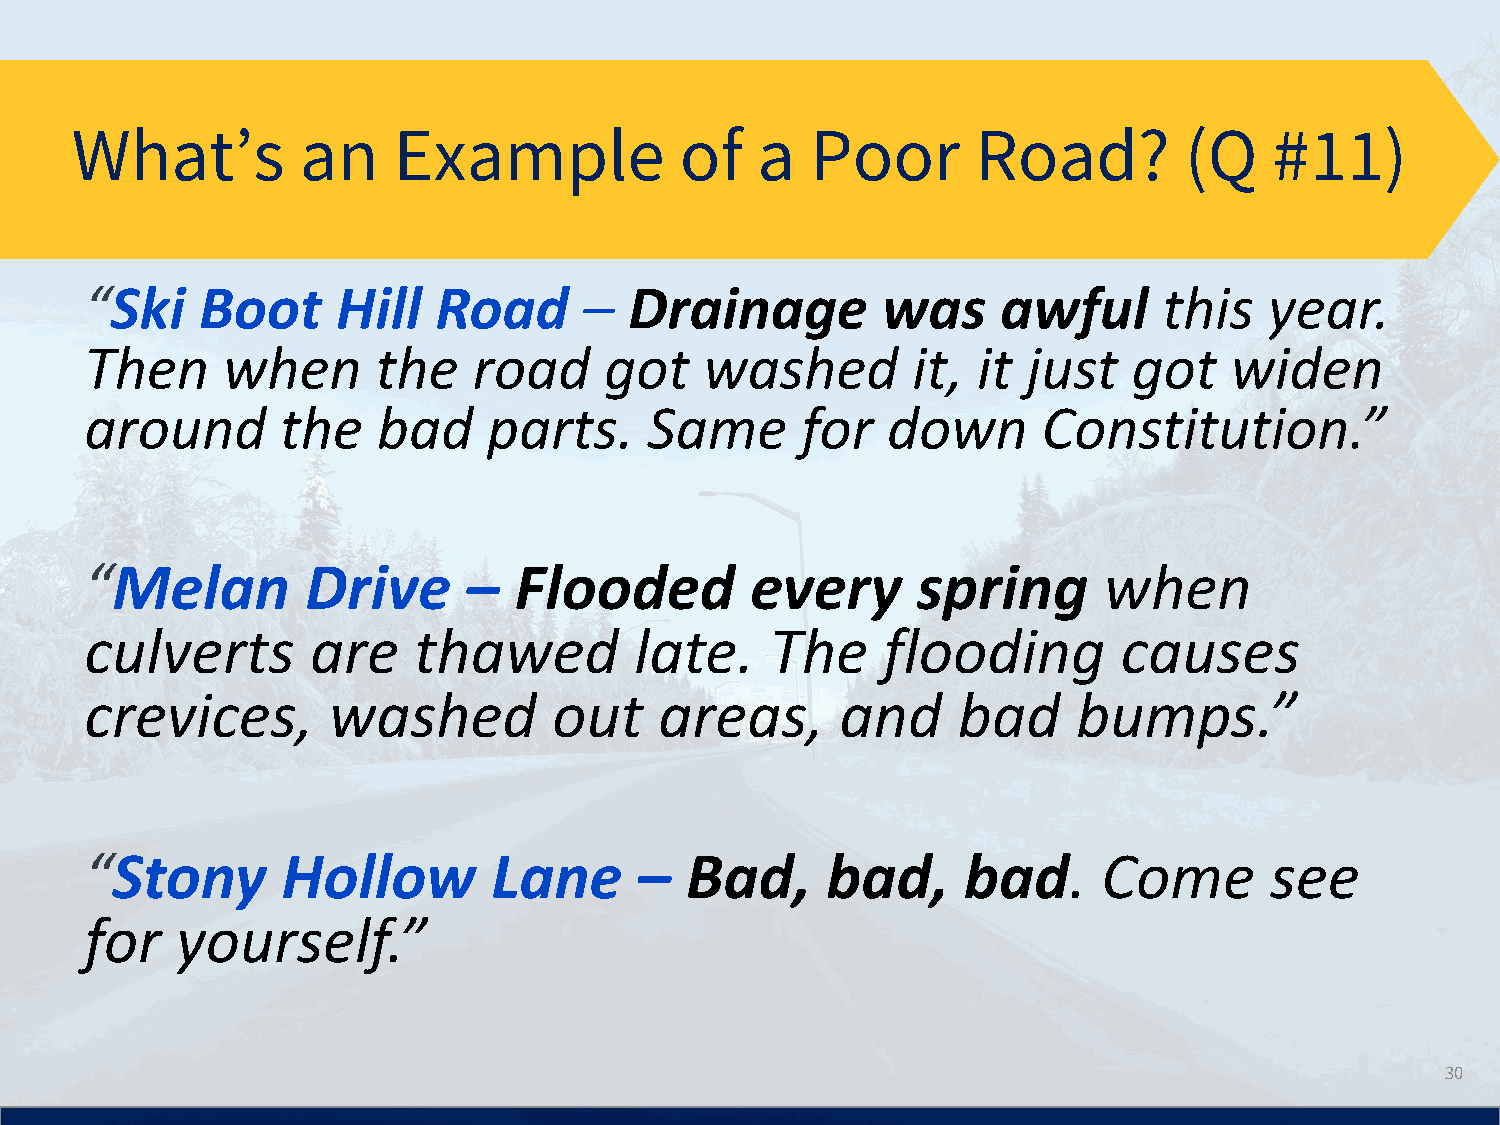
What’s         an    Example            of   a   Poor       Road?        (Q    #11)
 “Ski   Boot     Hill   Road      –  Drainage        was     awful      this   year.
 Then     when      the   road     got    washed       it,  it just   got   widen
 around       the   bad    parts.     Same      for   down      Constitution.”
 “Melan        Drive      –  Flooded         every      spring      when
 culverts       are   thawed         late.    The    flooding        causes
 crevices,       washed         out    areas,      and    bad     bumps.”
 “Stony       Hollow        Lane     –  Bad,      bad,     bad.     Come       see
 for   yourself.”
 30